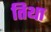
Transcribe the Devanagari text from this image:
तिथा